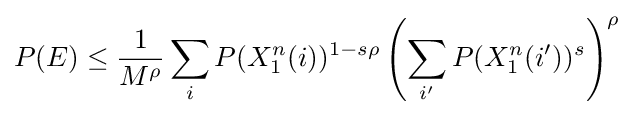
P(E)\leq {\frac {1}{M^{\rho }}}\sum _{i}P(X_{1}^{n}(i))^{1-s\rho }\left(\sum _{i'}P(X_{1}^{n}(i'))^{s}\right)^{\rho }